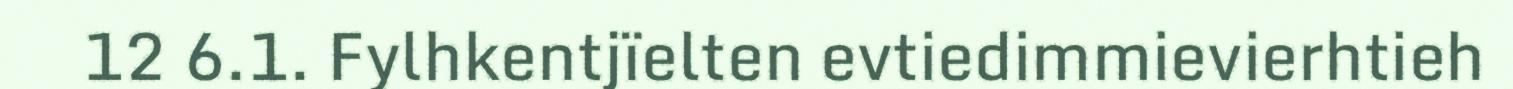
12 6.1. Fylhkentjïelten evtiedimmievierhtieh